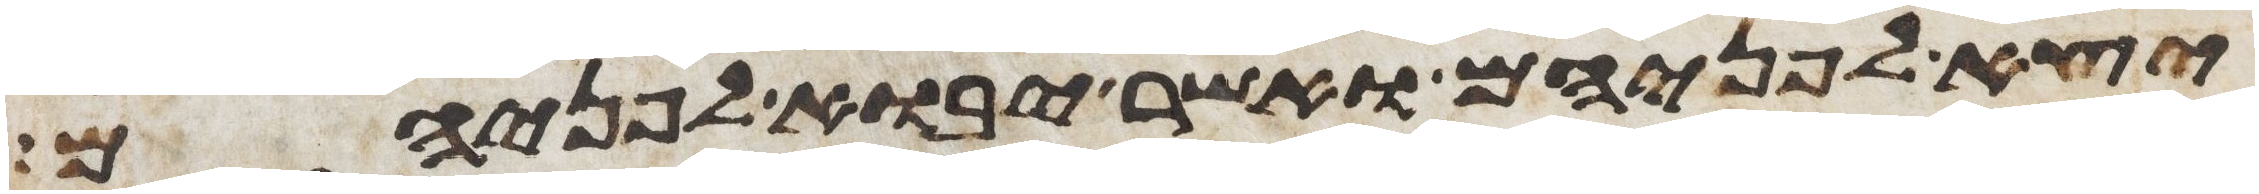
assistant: יצא לפניהם ואשר יבוא לפניהם